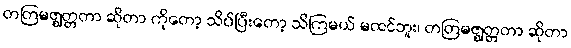
တတြမဇ္ဈတ္တတာ ဆိုတာ ကိုတော့ သိပ်ပြီးတော့ သိကြမယ် မထင်ဘူး၊ တတြမဇ္ဈတ္တတာ ဆိုတာ